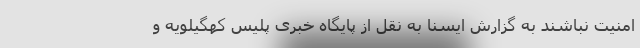
امنیت نباشند به گزارش ایسنا به نقل از پایگاه خبری پلیس کهگیلویه و